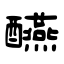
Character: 醼